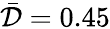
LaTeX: \bar{\mathcal{D}}=0.45